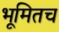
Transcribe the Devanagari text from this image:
भूमितच